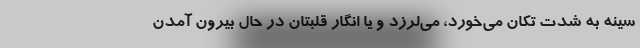
سینه به شدت تکان می‌خورد، می‌لرزد و یا انگار قلبتان در حال بیرون آمدن